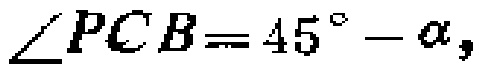
\(\angle PCB = 45^{\circ}-\alpha\)